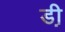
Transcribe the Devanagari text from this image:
डी़